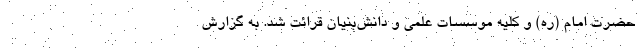
حضرت امام (ره) و کلیه موسسات علمی و دانش‌بنیان قرائت شد. به گزارش